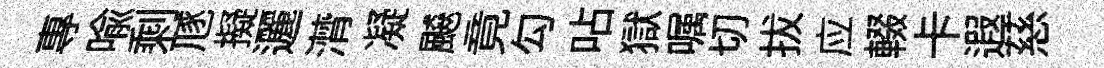
專喻剩豗擬邐潸凝飇竟勾呫獄嘱切拔应輟卡遐慈